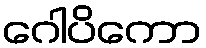
ဂေါပိကော